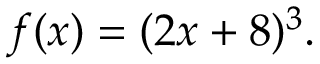
f ( x ) = ( 2 x + 8 ) ^ { 3 } .